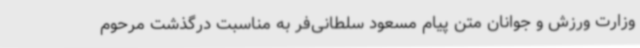
وزارت ورزش و جوانان متن پیام مسعود سلطانی‌فر به مناسبت درگذشت مرحوم